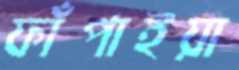
ফাঁপাইয়া